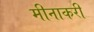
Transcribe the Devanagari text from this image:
मीनाकरी